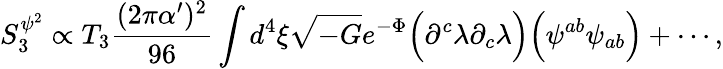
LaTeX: S_{3}^{\psi^{2}}\propto T_{3}{\frac{(2\pi\alpha^{\prime})^{2}}{96}}\int d^{4}\xi\sqrt{-G}e^{-\Phi}\Big(\partial^{c}\lambda\partial_{c}\lambda\Big)\Big(\psi^{ab}\psi_{ab}\Big)+\cdots,